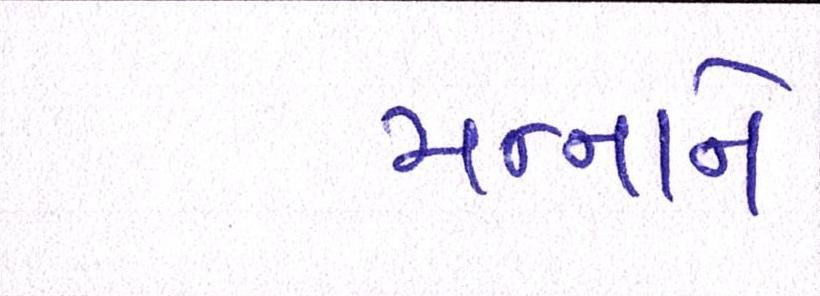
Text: મન્નાને